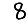
Digit: 8